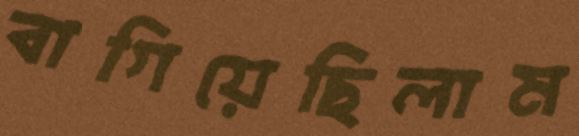
বাগিয়েছিলাম